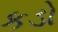
કડો